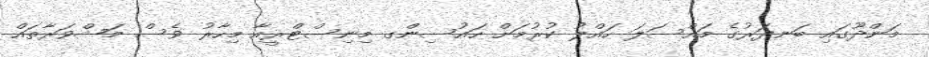
މަންދޫގައި ބަނދަރުގެ މައްސަލަ ހައްލު ކުރުމަށް ހައުސިންގ މިނިސްޓްރީއާ މިހާރު ވެސް މަޝްވަރާތައް